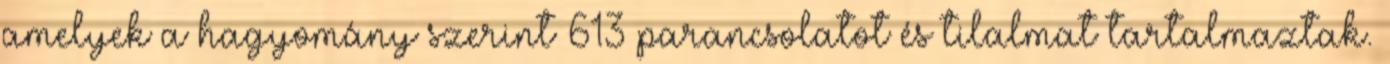
amelyek a hagyomány szerint 613 parancsolatot és tilalmat tartalmaztak.